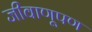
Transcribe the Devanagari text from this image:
जीवाणूपण